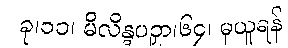
ခု၊၁၁၊ မိလိန္ဒပဉှာ၊၆၄၊ မှယူရန်